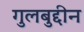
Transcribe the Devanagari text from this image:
गुलबुद्दीन